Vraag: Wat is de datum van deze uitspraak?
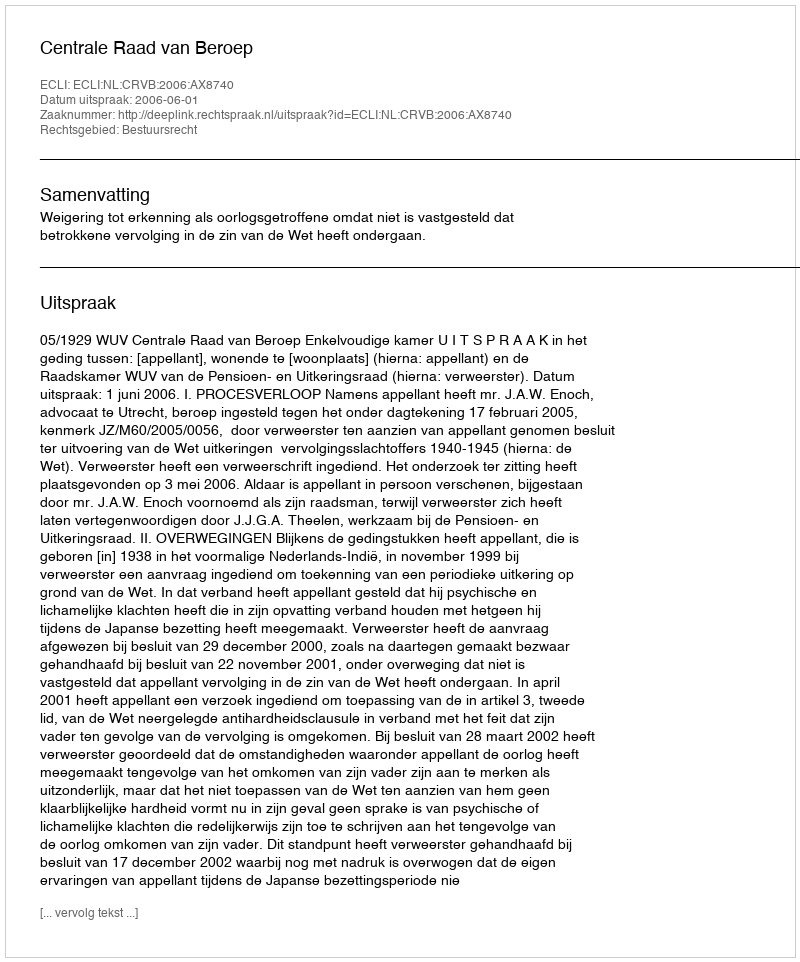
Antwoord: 2006-06-01